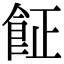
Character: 𩚫